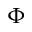
\Phi